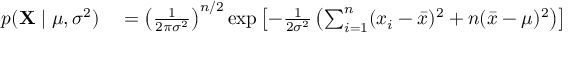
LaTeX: \begin{array} { r l } { p ( \mathbf { X } \mid \mu , \sigma ^ { 2 } ) } & { { } = \left( { \frac { 1 } { 2 \pi \sigma ^ { 2 } } } \right) ^ { n / 2 } \exp \left[ - { \frac { 1 } { 2 \sigma ^ { 2 } } } \left( \sum _ { i = 1 } ^ { n } ( x _ { i } - { \bar { x } } ) ^ { 2 } + n ( { \bar { x } } - \mu ) ^ { 2 } \right) \right] } \end{array}